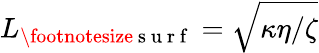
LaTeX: L_{\footnotesize{\mathrm{~s~u~r~f~}}}=\sqrt{{\kappa\eta}/{\zeta}}